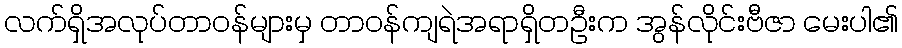
လက်ရှိအလုပ်တာဝန်များမှ တာဝန်ကျရဲအရာရှိတဦးက အွန်လိုင်းဗီဇာ မေးပါ၏